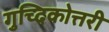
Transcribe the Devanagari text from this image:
गुच्दिकोत्तरी